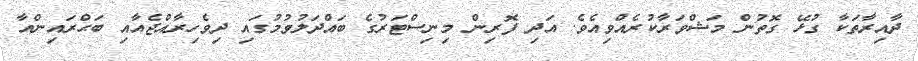
ދާއިރާތަކާ ގުޅޭ ގޮތުން މަޝްވަރާކުރެއްވިއެވެ. އަދި ފޮރިން މިނިސްޓަރުގެ ބައްދަލުވުމުގައި ދިވެހިރާއްޖެއާއި ބަޙްރައިންއާ